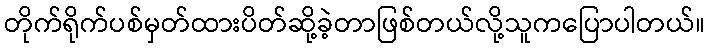
တိုက်ရိုက်ပစ်မှတ်ထားပိတ်ဆို့ခဲ့တာဖြစ်တယ်လို့သူကပြောပါတယ်။